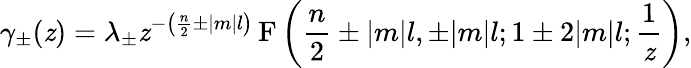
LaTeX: \gamma_{\pm}(\mathit{z})=\lambda_{\pm}\mathit{z}^{-\left(\frac{{n}}{2}\pm|m|l\right)}\, \mathrm{{F}}\left(\frac{{n}}{2}\pm|m|l,\pm|m|l;1\pm2|m|l;\frac{1}{\mathit{z}}\right),